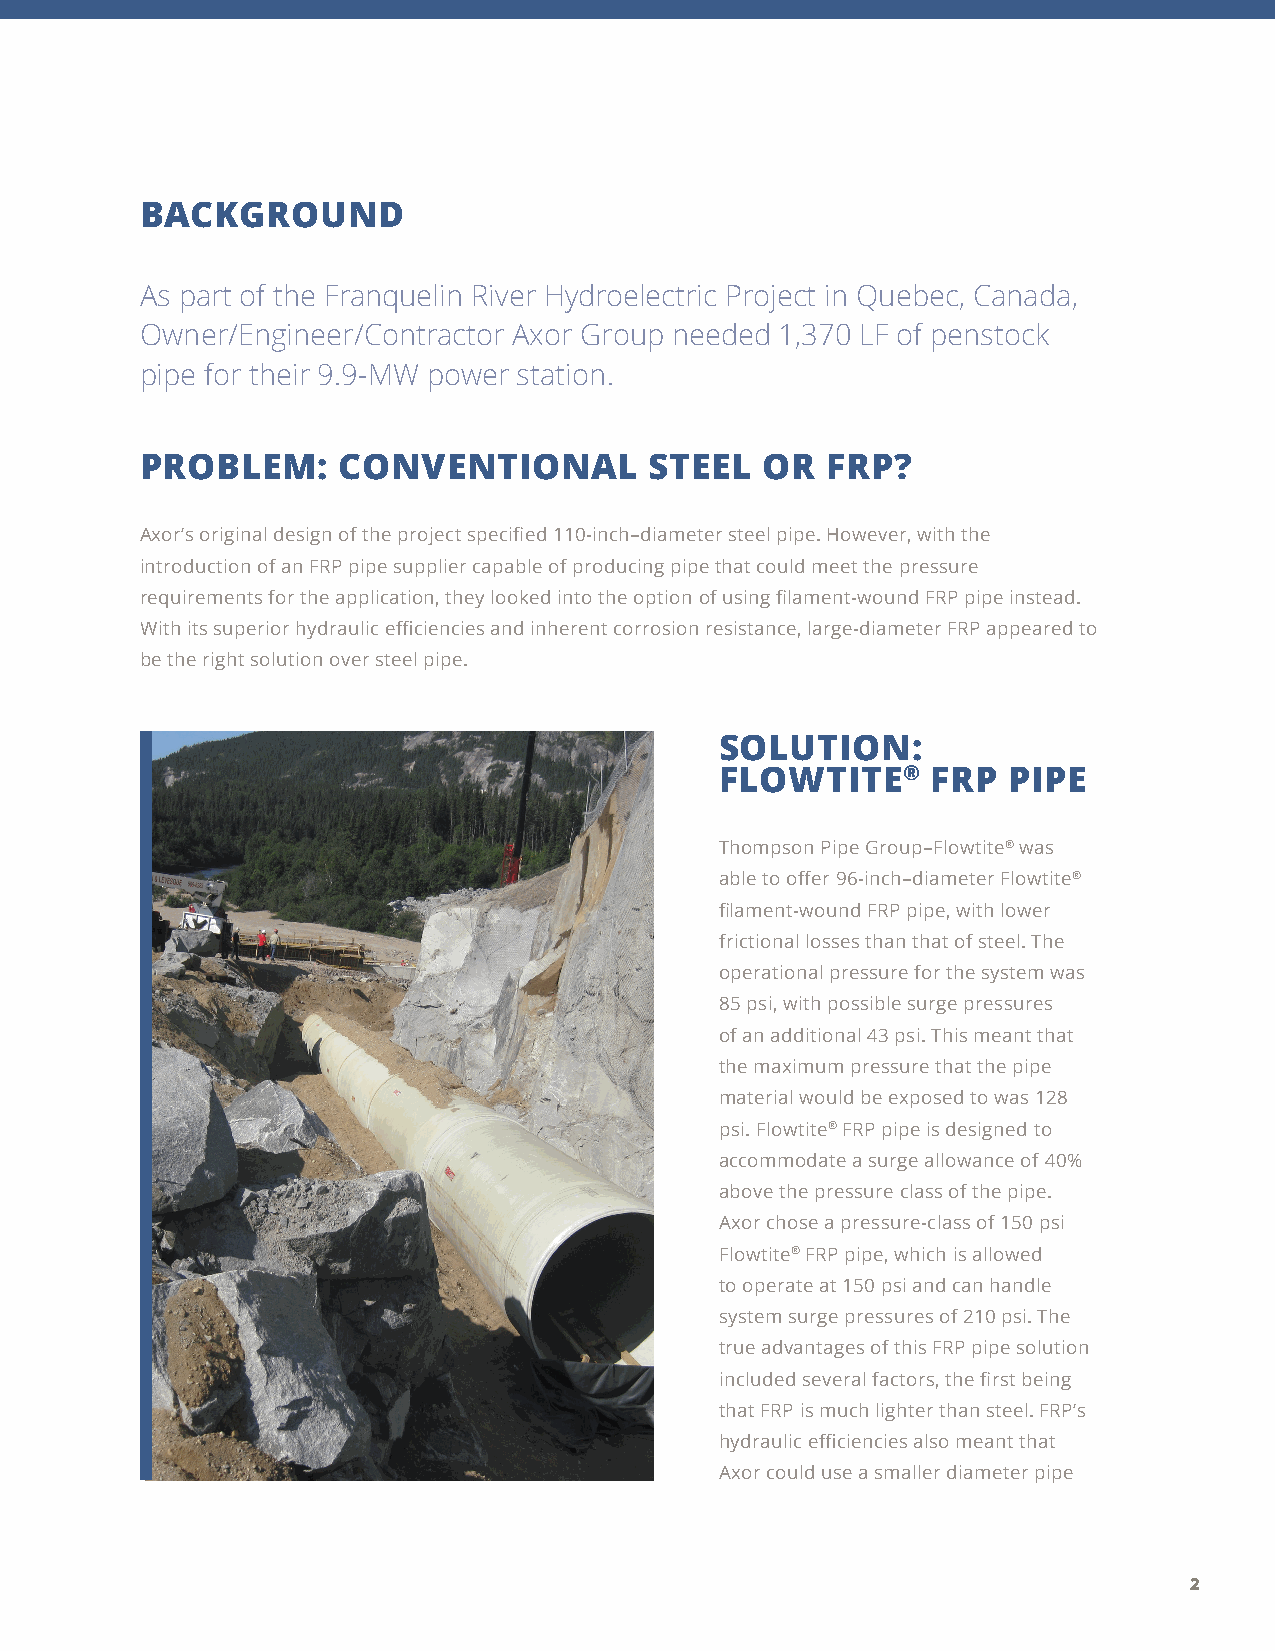
BACKGROUND
 As part of the Franquelin River Hydroelectric Project in Quebec, Canada,
 Owner/Engineer/Contractor Axor Group needed 1,370 LF of penstock
 pipe for their 9.9-MW power station.
 PROBLEM:     CONVENTIONAL         STEEL   OR  FRP?
 Axor’s original design of the project specified 110-inch–diameter steel pipe. However, with the
 introduction of an FRP pipe supplier capable of producing pipe that could meet the pressure
 requirements for the application, they looked into the option of using filament-wound FRP pipe instead.
 With its superior hydraulic efficiencies and inherent corrosion resistance, large-diameter FRP appeared to
 be the right solution over steel pipe.
 SOLUTION:
 FLOWTITE®     FRP  PIPE
 Thompson Pipe Group–Flowtite® was
 able to offer 96-inch–diameter Flowtite®
 filament-wound FRP pipe, with lower
 frictional losses than that of steel. The
 operational pressure for the system was
 85 psi, with possible surge pressures
 of an additional 43 psi. This meant that
 the maximum pressure that the pipe
 material would be exposed to was 128
 psi. Flowtite® FRP pipe is designed to
 accommodate a surge allowance of 40%
 above the pressure class of the pipe.
 Axor chose a pressure-class of 150 psi
 Flowtite® FRP pipe, which is allowed
 to operate at 150 psi and can handle
 system surge pressures of 210 psi. The
 true advantages of this FRP pipe solution
 included several factors, the first being
 that FRP is much lighter than steel. FRP’s
 hydraulic efficiencies also meant that
 Axor could use a smaller diameter pipe
 2